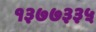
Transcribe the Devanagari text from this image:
१३७७३३५